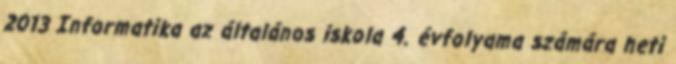
2013 Informatika az általános iskola 4. évfolyama számára heti